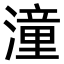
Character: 潼